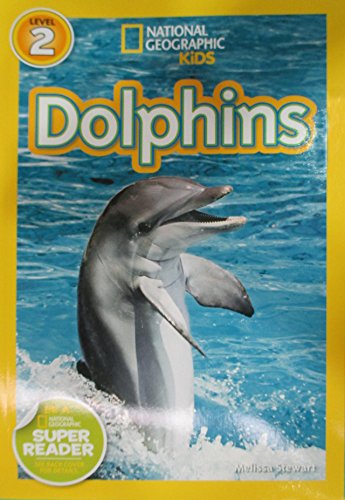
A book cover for National Geographic Readers: Dolphins; Melissa Stewart; Children's Books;